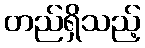
တည်ရှိသည့်